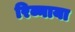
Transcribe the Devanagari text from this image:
रिव्नाया